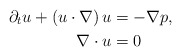
\begin{align*} \partial_t u + (u\cdot \nabla) \,u &= -\nabla p, \\ \nabla \cdot u & = 0 \end{align*}